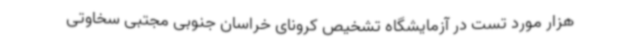
هزار مورد تست در آزمایشگاه تشخیص کرونای خراسان جنوبی مجتبی سخاوتی